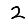
Digit: 2